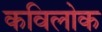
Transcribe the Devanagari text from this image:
कविलोक